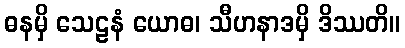
ဓနမှိ သေဠနံ ယောဓ၊ သီဟနာဒမှိ ဒိဿတိ။